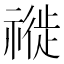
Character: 𥛨